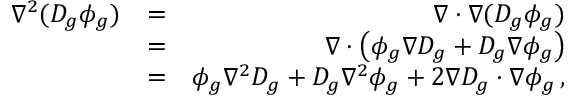
\begin{array} { r l r } { \nabla ^ { 2 } ( D _ { g } \phi _ { g } ) } & { = } & { \nabla \cdot \nabla ( D _ { g } \phi _ { g } ) } \\ & { = } & { \nabla \cdot \left( \phi _ { g } \nabla D _ { g } + D _ { g } \nabla \phi _ { g } \right) } \\ & { = } & { \phi _ { g } \nabla ^ { 2 } D _ { g } + D _ { g } \nabla ^ { 2 } \phi _ { g } + 2 \nabla D _ { g } \cdot \nabla \phi _ { g } \, , } \end{array}